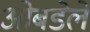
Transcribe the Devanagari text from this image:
ओबडेले